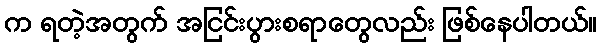
က ရတဲ့အတွက် အငြင်းပွားစရာတွေလည်း ဖြစ်နေပါတယ်။